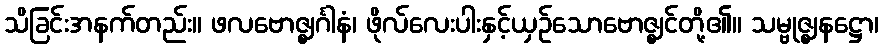
သိခြင်းအနက်တည်း။ ဖလဗောဇ္ဈင်္ဂါနံ၊ ဖိုလ်လေးပါးနှင့်ယှဉ်သောဗောဇ္ဈင်တို့၏။ သမ္ဗုဇ္ဈနဋ္ဌော၊